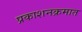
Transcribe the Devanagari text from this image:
प्रकाशनक्रमात